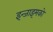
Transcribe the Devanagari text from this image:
इन्जाइमको